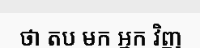
ថា តប មក អ្នក វិញ